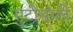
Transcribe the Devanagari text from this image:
सुटीसाठी